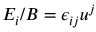
E _ { i } / B = \epsilon _ { i j } u ^ { j }